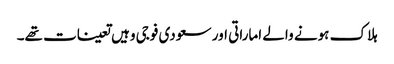
ہلاک ہونے والے اماراتی اور سعودی فوجی وہیں تعینات تھے۔